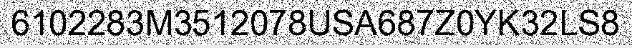
6102283M3512078USA687Z0YK32LS8